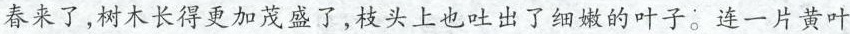
春来了，树木长得更加茂盛了，枝头上也吐出了细嫩的叶子。连一片黄叶